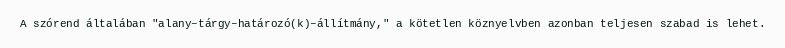
A szórend általában "alany–tárgy–határozó(k)–állítmány," a kötetlen köznyelvben azonban teljesen szabad is lehet.